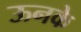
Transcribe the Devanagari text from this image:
ऊनके